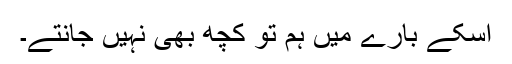
اسکے بارے میں ہم تو کچھ بهى نہیں جانتے۔